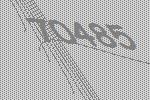
70485